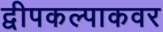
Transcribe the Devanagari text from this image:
द्वीपकल्पाकवर